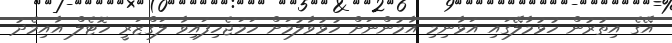
އޭގެ އިތުރުން ހުޅުމާލޭގައި އަޅާނިމި އާމުންނަށް ހުޅުވާލުމަށް ހަމަޖެހިފައިވާ ލަގްޒަރީ ހޮޓެލް އާއިމެދު